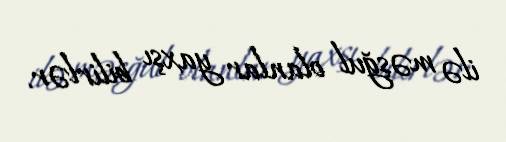
ilə məşğul olanlar yaxşı bilirlər.